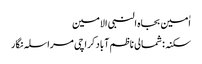
اٰمین بجاہ النبی الامین
سکنہ: شمالی ناظم آباد کراچی مراسلہ نگار